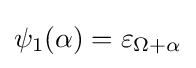
\psi _{1}(\alpha )=\varepsilon _{\Omega +\alpha }